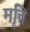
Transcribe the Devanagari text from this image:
मृत्ति